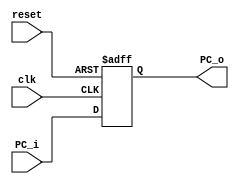
// This program was cloned from: https://github.com/TCL606/MipsPipeline
// License: MIT License

`timescale 1ns / 1ps

module PC(clk, reset, PC_i, PC_o);
    //Input Clock Signals
    input reset;             
    input clk;
    //Input PC             
    input [31:0] PC_i;
    //Output PC  
    output reg [31:0] PC_o; 
    
    initial begin
        PC_o <= 0;
    end

    always@(posedge reset or posedge clk)
    begin
        if(reset) begin
            PC_o <= 0;
        end else begin
            PC_o <= PC_i;
        end
    end
endmodule